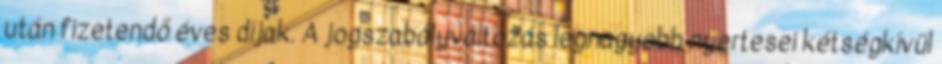
után fizetendő éves díjak. A jogszabályváltozás legnagyobb nyertesei kétségkívül